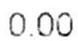
0.00